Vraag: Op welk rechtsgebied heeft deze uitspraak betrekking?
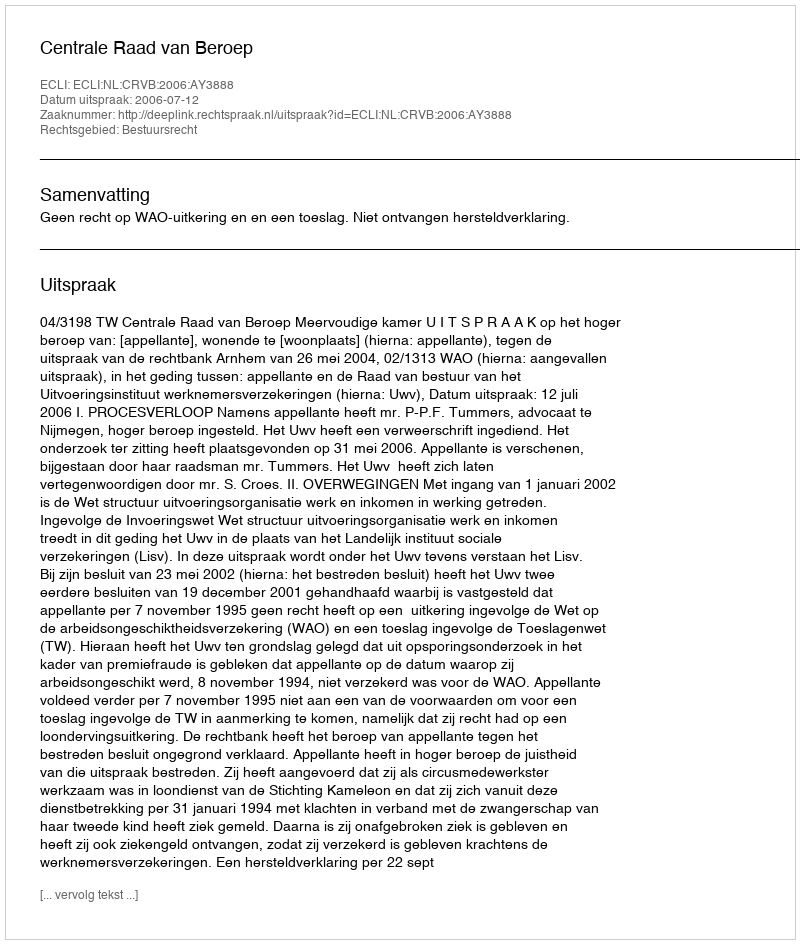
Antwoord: Bestuursrecht